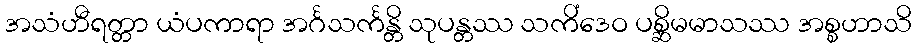
အသံဟီရတ္တာ ယံပကာရာ အင်္ဂသင်္ကန္တိ သုပန္တဿ သကိံဒေဝ ပစ္ဆိမမာသဿ အစ္စဟာသိ